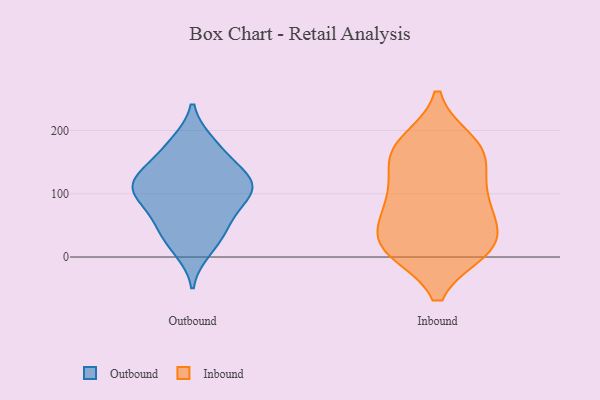
{"axis": {"x": "Temperature (°C)", "y": "Value"}, "legend": ["Inbound", "Outbound"], "data": [{"x": "", "y": 11, "type": "Outbound"}, {"x": "", "y": 49, "type": "Outbound"}, {"x": "", "y": 110, "type": "Outbound"}, {"x": "", "y": 51, "type": "Outbound"}, {"x": "", "y": 95, "type": "Outbound"}, {"x": "", "y": 57, "type": "Outbound"}, {"x": "", "y": 22, "type": "Outbound"}, {"x": "", "y": 123, "type": "Outbound"}, {"x": "", "y": 98, "type": "Outbound"}, {"x": "", "y": 155, "type": "Outbound"}, {"x": "", "y": 181, "type": "Outbound"}, {"x": "", "y": 120, "type": "Outbound"}, {"x": "", "y": 127, "type": "Outbound"}, {"x": "", "y": 180, "type": "Outbound"}, {"x": "", "y": 94, "type": "Outbound"}, {"x": "", "y": 139, "type": "Outbound"}, {"x": "", "y": 103, "type": "Outbound"}, {"x": "", "y": 79, "type": "Inbound"}, {"x": "", "y": 106, "type": "Inbound"}, {"x": "", "y": 176, "type": "Inbound"}, {"x": "", "y": 27, "type": "Inbound"}, {"x": "", "y": 89, "type": "Inbound"}, {"x": "", "y": 80, "type": "Inbound"}, {"x": "", "y": 164, "type": "Inbound"}, {"x": "", "y": 162, "type": "Inbound"}, {"x": "", "y": 12, "type": "Inbound"}, {"x": "", "y": 147, "type": "Inbound"}, {"x": "", "y": 41, "type": "Inbound"}, {"x": "", "y": 13, "type": "Inbound"}, {"x": "", "y": 181, "type": "Inbound"}, {"x": "", "y": 13, "type": "Inbound"}, {"x": "", "y": 15, "type": "Inbound"}]}